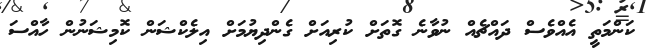
ކަންމަތީ އެއްވެސް ދައްޗެއް ނުވާނެ ގޮތަށް ކުރިއަށް ގެންދިޔުމަށް އިލެކްޝަން ކޮމިޝަނުން ހާއްސަ